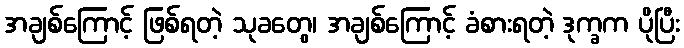
အချစ်ကြောင့် ဖြစ်ရတဲ့ သုခတွေ၊ အချစ်ကြောင့် ခံစားရတဲ့ ဒုက္ခက ပိုပြီး